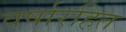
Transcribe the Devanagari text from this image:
वर्षारहित